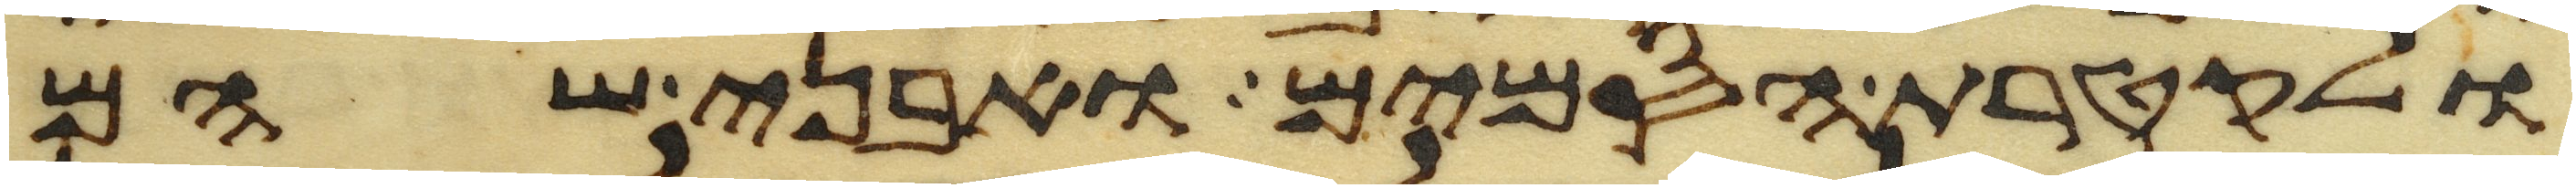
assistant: ולקטרת הסמים ואבני שהם